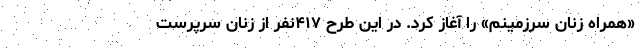
«همراه زنان سرزمینم» را آغاز کرد. در این طرح ۴۱۷نفر از زنان سرپرست